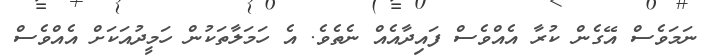
ނަމަވެސް އޭގެން ކުރާ އެއްވެސް ފައިދާއެއް ނެތެވެ. އެ ހަމަލާތަކުން ހަމީދުއަކަށް އެއްވެސް